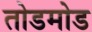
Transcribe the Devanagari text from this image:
तोडमोड